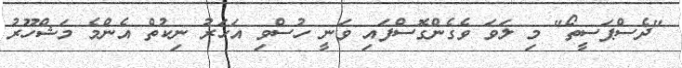
"ދެސްޕަސީތޯ" މި ލަވަ ވެގެންގޮސްފައި ވަނީ ހުސްވި އަހަރު ނިކުތް އެންމެ މަޝްހޫރު